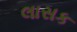
લાસક